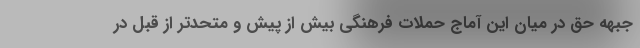
جبهه حق در میان این آماج حملات فرهنگی بیش از پیش و متحدتر از قبل در